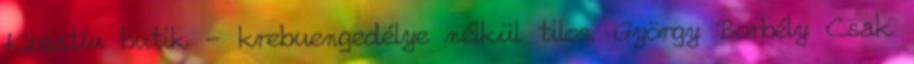
Kreatív butik - krebuengedélye nélkül tilos. György Borbély Csak